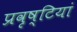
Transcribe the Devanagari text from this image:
प्रवृष्‍टियां